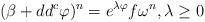
LaTeX: \begin{align*}(\beta + dd^c \varphi)^n = e^{\lambda \varphi} f \omega^n, \lambda\geq 0\end{align*}